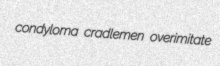
condyloma cradlemen overimitate